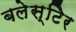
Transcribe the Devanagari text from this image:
बलेस्टिेर